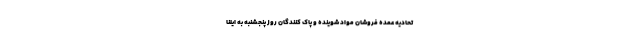
تحادیه عمده فروشان مواد شوینده و پاک کنندگان روز پنجشنبه به ایلنا